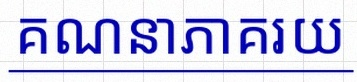
គណនាភាគរយ